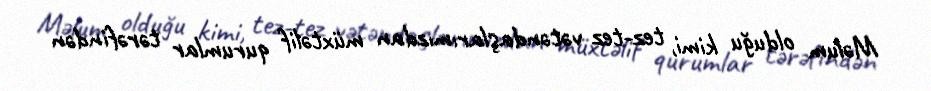
Məlum olduğu kimi, tez-tez vətəndaşlarımızdan müxtəlif qurumlar tərəfindən